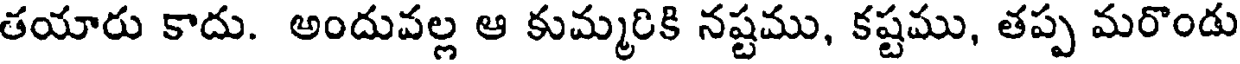
తయారు కాదు. అందువల్ల ఆ కుమ్మరికి నష్టము, కష్టము, తప్ప మరొండు